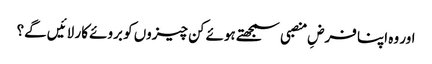
اور وہ اپنا فرضِ منصبی سمجھتے ہوئے کن چیزوں کو بروئے کار لائیں گے؟